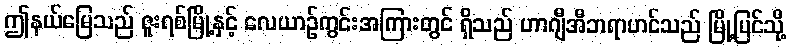
ဤနယ်မြေသည် ဇူးရစ်မြို့နှင့် လေယာဉ်ကွင်းအကြားတွင် ရှိသည် ဟာဂျီအီဘရာဟင်သည် မြို့ပြင်သို့